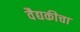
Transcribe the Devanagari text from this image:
वैद्यकीचा